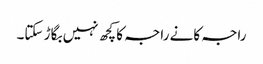
راجہ کانے راجہ کا کچھ نہیں بگاڑ سکتا۔